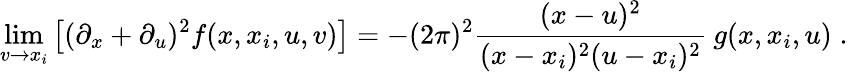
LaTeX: \operatorname*{lim}_{v\to x_{i}}\left[(\partial_{x}+\partial_{u})^{2}f(x,x_{i},u,v)\right]=-(2\pi)^{2}\frac{(x-u)^{2}}{(x-x_{i})^{2}(u-x_{i})^{2}}\: g(x,x_{i},u)\; .